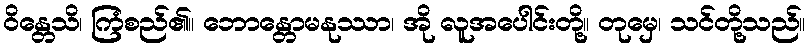
ဝိန္တေသိ၊ ကြံစည်၏။ ဘောန္တောမနုဿာ၊ အို လူအပေါင်းတို့။ တုမှေ၊ သင်တို့သည်။